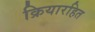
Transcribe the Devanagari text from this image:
क्रियारहित